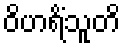
ဝိဟရိံသူတိ